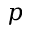
p